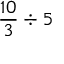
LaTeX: { \frac { 1 0 } { 3 } } \div 5